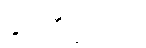
နှင့်ညီမျှသော